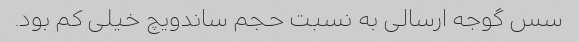
سس گوجه ارسالی به نسبت حجم ساندویچ خیلی کم بود.